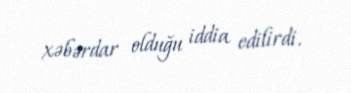
xəbərdar olduğu iddia edilirdi.